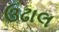
ઉઢાલ